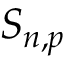
S _ { n , p }